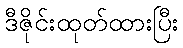
ဒီဇိုင်းထုတ်ထားပြီး